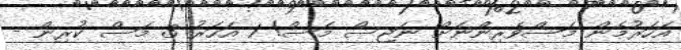
އަހަރުމެން މަސްވެރިންނަށް ނަޖިސް މަސް! 1 އަހަރު 3 މަސް ކުރިން -